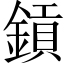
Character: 𨫋